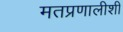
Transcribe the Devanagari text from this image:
मतप्रणालीशी